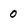
Character: 0